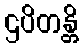
ဌပိတန္တိ